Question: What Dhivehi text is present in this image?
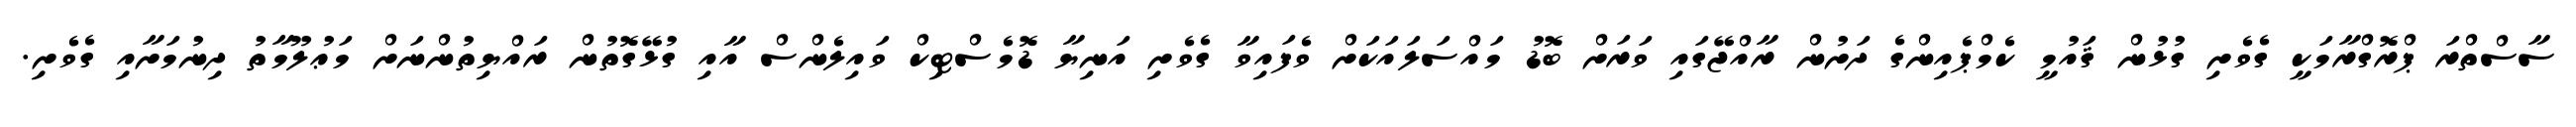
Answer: ސާސްތްރަ ޕްރޮގްރާމަކީ ގެވެށި ގުޅުން ޤައުމީ ކެމްޕެއިންގެ ދަށުން ރާއްޖޭގައި ވަރަށް ބޮޑު މައްސަލައަކަށް ވެފައިވާ ގެވެށި އަނިޔާ ޑޮމެސްޓިކް ވައިލެންސް އާއި ގުޅޭގޮތުން ރައްޔިތުންނަށް މަޢުލޫމާތު ދިނުމަށާއި ގެވެށި.